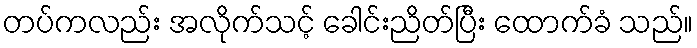
တပ်ကလည်း အလိုက်သင့် ခေါင်းညိတ်ပြီး ထောက်ခံ သည်။